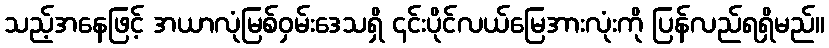
သည့်အနေဖြင့် အယာလုံမြစ်ဝှမ်းဒေသရှိ ၎င်းပိုင်လယ်မြေအားလုံးကို ပြန်လည်ရရှိမည်။